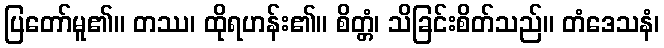
ပြတော်မူ၏။ တဿ၊ ထိုရဟန်း၏။ စိတ္တံ၊ သိခြင်းစိတ်သည်။ တံဒေသနံ၊